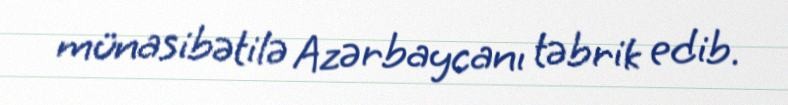
münasibətilə Azərbaycanı təbrik edib.